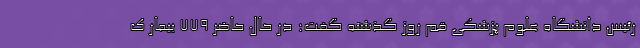
رئیس دانشگاه علوم پزشکی قم روز گذشته گفت: در حال حاضر ۷۷۹ بیمار ک